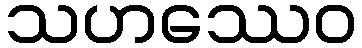
သဟဿေဝ